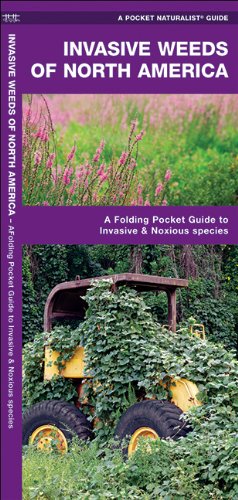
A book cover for Invasive Weeds of North America: A Folding Pocket Guide to Invasive & Noxious Species (Pocket Naturalist Guide Series); James Kavanagh; Crafts, Hobbies & Home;